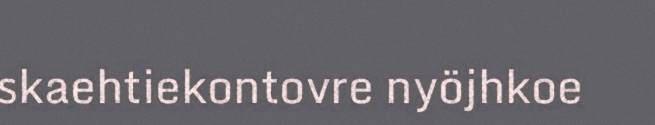
skaehtiekontovre nyöjhkoe